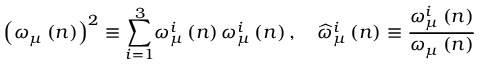
\left( \omega _ { \mu } \left( n \right) \right) ^ { 2 } \equiv { \displaystyle \sum _ { i = 1 } ^ { 3 } } \omega _ { \mu } ^ { i } \left( n \right) \omega _ { \mu } ^ { i } \left( n \right) , \quad \widehat { \omega } _ { \mu } ^ { i } \left( n \right) \equiv \frac { \omega _ { \mu } ^ { i } \left( n \right) } { \omega _ { \mu } \left( n \right) }